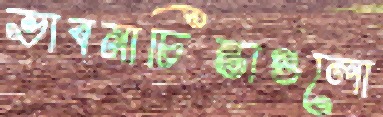
ভাবনাচিন্তাগুলো